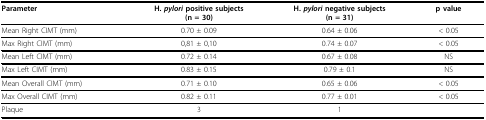
<table><thead><tr><td><b>Parameter</b></td><td><b>H. <i>pylori </i>positive subjects(n = 30)</b></td><td><b>H. <i>pylori </i>negative subjects(n = 31)</b></td><td><b>p value</b></td></tr></thead><tbody><tr><td>Mean Right CIMT (mm)</td><td>0.70 ± 0.09</td><td>0.64 ± 0.06</td><td>&lt; 0.05</td></tr><tr><td>Max Right CIMT (mm)</td><td>0,81 ± 0,10</td><td>0.74 ± 0.07</td><td>&lt; 0.05</td></tr><tr><td>Mean Left CIMT (mm)</td><td>0.72 ± 0.14</td><td>0.67 ± 0.08</td><td>NS</td></tr><tr><td>Max Left CIMT (mm)</td><td>0.83 ± 0.15</td><td>0.79 ± 0.1</td><td>NS</td></tr><tr><td>Mean Overall CIMT (mm)</td><td>0.71 ± 0.10</td><td>0.65 ± 0.06</td><td>&lt; 0.05</td></tr><tr><td>Max Overall CIMT (mm)</td><td>0.82 ± 0.11</td><td>0.77 ± 0.01</td><td>&lt; 0.05</td></tr><tr><td>Plaque</td><td>3</td><td>1</td><td></td></tr></tbody></table>